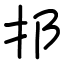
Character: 𨙰